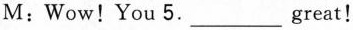
M: Wow! You 5. ___ great!